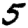
Digit: 5